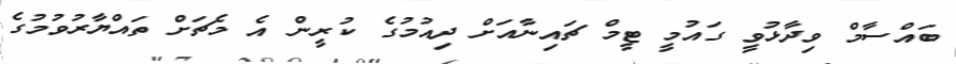
ބައްސާމް ވިދާޅުވީ ގައުމީ ޓީމް ޗައިނާއަށް ދިއުމުގެ ކުރީން އެ މެޗަށް ތައްޔާރުވުމުގެ